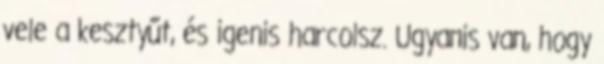
vele a kesztyűt, és igenis harcolsz. Ugyanis van, hogy